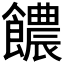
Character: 𩟊